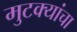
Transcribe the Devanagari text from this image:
मुटक्यांचा